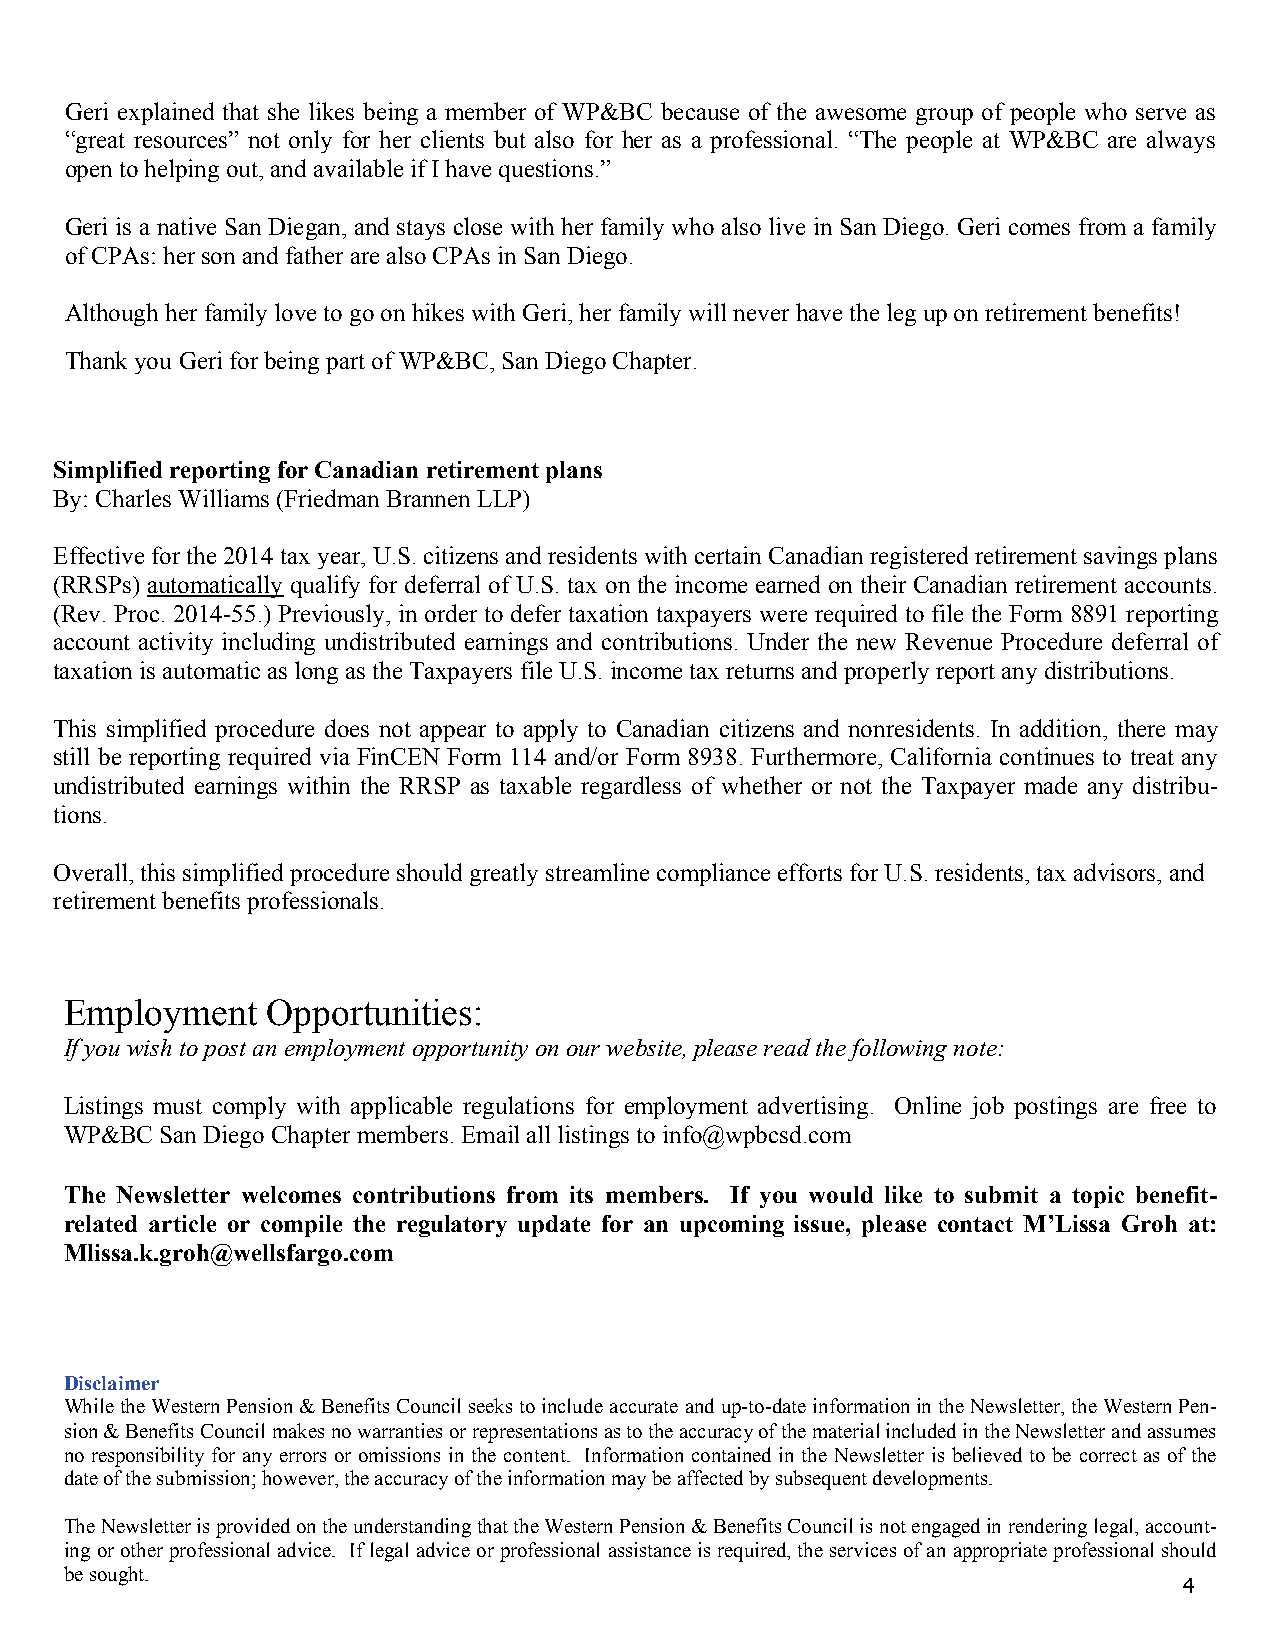
Geri explained that she likes being a member of WP&BC because of the awesome group of people who serve as
 “great resources” not only for her clients but also for her as a professional. “The people at WP&BC are always
 open to helping out, and available if I have questions.”
 Geri is a native San Diegan, and stays close with her family who also live in San Diego. Geri comes from a family
 of CPAs: her son and father are also CPAs in San Diego.
 Although her family love to go on hikes with Geri, her family will never have the leg up on retirement benefits!
 Thank you Geri for being part of WP&BC, San Diego Chapter.
 Simplified reporting for Canadian retirement plans
 By: Charles Williams (Friedman Brannen LLP)
 Effective for the 2014 tax year, U.S. citizens and residents with certain Canadian registered retirement savings plans
 (RRSPs) automatically qualify for deferral of U.S. tax on the income earned on their Canadian retirement accounts.
 (Rev. Proc. 2014-55.) Previously, in order to defer taxation taxpayers were required to file the Form 8891 reporting
 account activity including undistributed earnings and contributions. Under the new Revenue Procedure deferral of
 taxation is automatic as long as the Taxpayers file U.S. income tax returns and properly report any distributions.
 This simplified procedure does not appear to apply to Canadian citizens and nonresidents. In addition, there may
 still be reporting required via FinCEN Form 114 and/or Form 8938. Furthermore, California continues to treat any
 undistributed earnings within the RRSP as taxable regardless of whether or not the Taxpayer made any distribu-
 tions.
 Overall, this simplified procedure should greatly streamline compliance efforts for U.S. residents, tax advisors, and
 retirement benefits professionals.
 Employment    Opportunities:
 If you wish to post an employment opportunity on our website, please read the following note:
 Listings must comply with applicable regulations for employment advertising. Online job postings are free to
 WP&BC  San Diego Chapter members. Email all listings to info@wpbcsd.com
 The Newsletter welcomes contributions from its members. If you would like to submit a topic benefit-
 related article or compile the regulatory update for an upcoming issue, please contact M’Lissa Groh at:
 Mlissa.k.groh@wellsfargo.com
 Disclaimer
 While the Western Pension & Benefits Council seeks to include accurate and up-to-date information in the Newsletter, the Western Pen-
 sion & Benefits Council makes no warranties or representations as to the accuracy of the material included in the Newsletter and assumes
 no responsibility for any errors or omissions in the content. Information contained in the Newsletter is believed to be correct as of the
 date of the submission; however, the accuracy of the information may be affected by subsequent developments.
 The Newsletter is provided on the understanding that the Western Pension & Benefits Council is not engaged in rendering legal, account-
 ing or other professional advice. If legal advice or professional assistance is required, the services of an appropriate professional should
 be sought.
 4